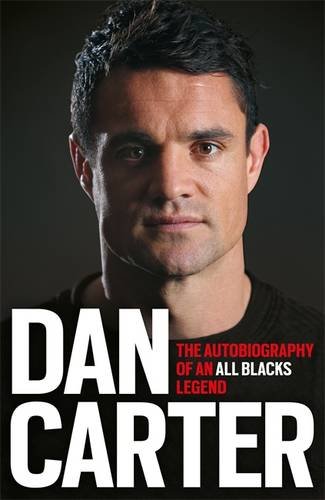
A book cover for Dan Carter: The Autobiography of the All Blacks Legend; Dan Carter; Sports & Outdoors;